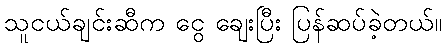
သူငယ်ချင်းဆီက ငွေ ချေးပြီး ပြန်ဆပ်ခဲ့တယ်။